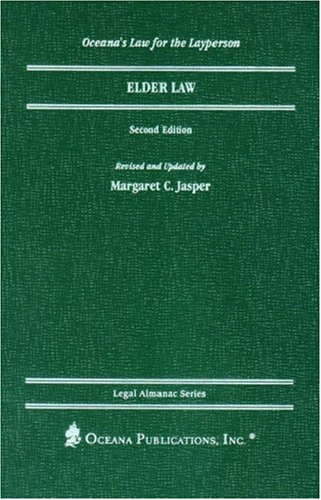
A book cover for Elder Law (Legal Almanac Series); Margaret Jasper; Law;